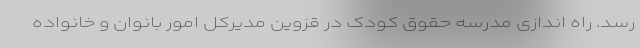
رسد. راه اندازی مدرسه حقوق کودک در قزوین مدیرکل امور بانوان و خانواده